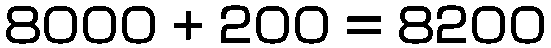
8000 + 200 = 8200